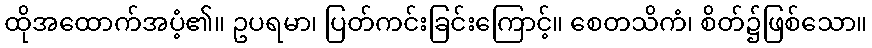
ထိုအထောက်အပံ့၏။ ဥပရမာ၊ ပြတ်ကင်းခြင်းကြောင့်။ စေတသိကံ၊ စိတ်၌ဖြစ်သော။